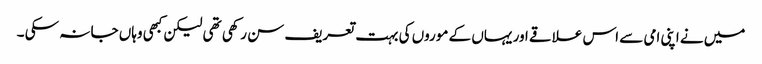
میں نے اپنی امی سے اس علاقے اور یہاں کے موروں کی بہت تعریف سن رکھی تھی لیکن کبھی وہاں جا نہ سکی ۔